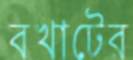
বখাটের